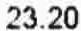
23.20